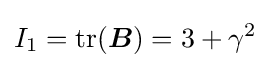
I_{1}=\mathrm {tr} ({\boldsymbol {B}})=3+\gamma ^{2}